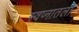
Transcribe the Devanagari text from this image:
स्वप्नातली